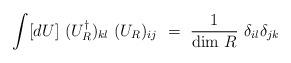
LaTeX: \begin{align*}\int [dU]~(U_R^{\dagger})_{kl}~(U_R)_{ij}~=~\frac{1}{{\rm dim}~R}~\delta_{il}\delta_{jk}\end{align*}